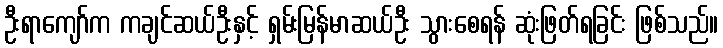
ဦးရာကျော်က ကချင်ဆယ်ဦးနှင့် ရှမ်းမြန်မာဆယ်ဦး သွားစေရန် ဆုံးဖြတ်ရခြင်း ဖြစ်သည်။